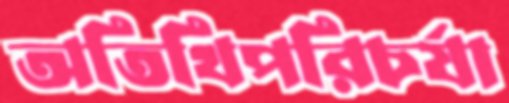
অতিথিপরিচর্যা